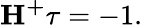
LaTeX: \mathbf{H^{+}}\tau=-1.